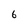
Character: 6